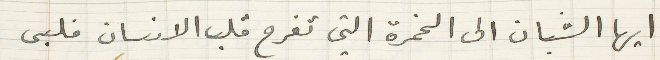
ايها الشبان الى الخمرة التي تفرح قلب الانسان فلبى